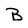
Character: B